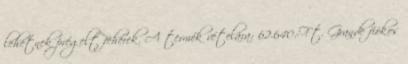
lehetnek prégelt fehérek. A termék vételára: 62.640.-Ft. Grande fiókos